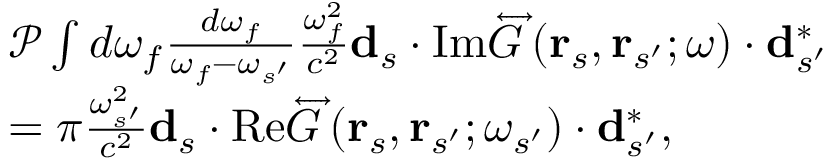
\begin{array} { r l } & { \mathcal { P } \int d \omega _ { f } \frac { d \omega _ { f } } { \omega _ { f } - \omega _ { s ^ { \prime } } } \frac { \omega _ { f } ^ { 2 } } { c ^ { 2 } } \mathbf { d } _ { s } \cdot \mathrm { I m } \overleftrightarrow { G } \left( \mathbf { r } _ { s } , \mathbf { r } _ { s ^ { \prime } } ; \omega \right) \cdot \mathbf { d } _ { s ^ { \prime } } ^ { * } } \\ & { = \pi \frac { \omega _ { s ^ { \prime } } ^ { 2 } } { c ^ { 2 } } \mathbf { d } _ { s } \cdot \mathrm { R e } \overleftrightarrow { G } \left( \mathbf { r } _ { s } , \mathbf { r } _ { s ^ { \prime } } ; \omega _ { s ^ { \prime } } \right) \cdot \mathbf { d } _ { s ^ { \prime } } ^ { * } , } \end{array}